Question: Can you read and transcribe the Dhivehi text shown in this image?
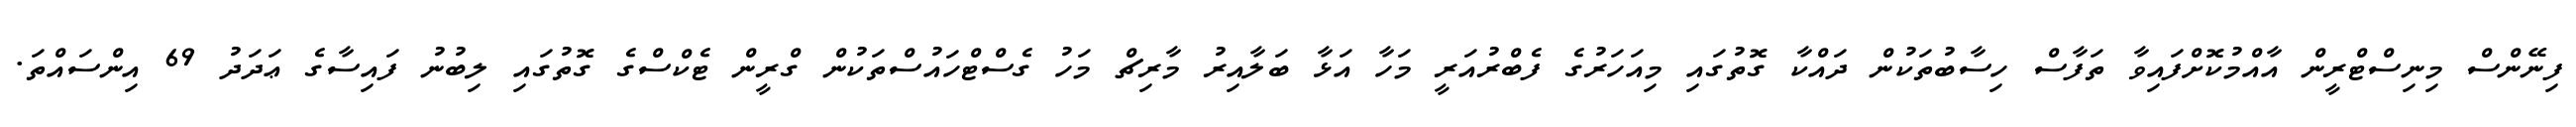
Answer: ފިނޭންސް މިނިސްޓްރީން އާއްމުކޮށްފައިވާ ތަފާސް ހިސާބުތަކުން ދައްކާ ގޮތުގައި މިއަހަރުގެ ފެބްރުއަރީ މަހާ އަޅާ ބަލާއިރު މާރިޗް މަހު ގެސްޓްހައުސްތަކުން ގްރީން ޓެކްސްގެ ގޮތުގައި ލިބުނު ފައިސާގެ ޢަދަދު 69 އިންސައްތަ.